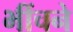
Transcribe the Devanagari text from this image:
भींचने